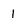
Character: l